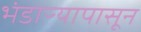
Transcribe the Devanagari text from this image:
भंडाऱ्यापासून